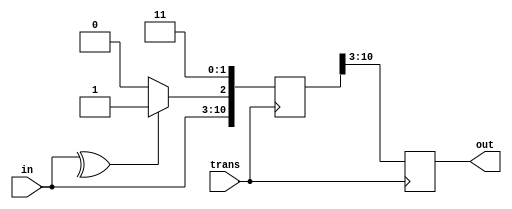
/*
The UART that is going to transmit data receives the data from a data bus.
The data bus is used to send data to the UART by another device like a CPU,
memory, or microcontroller. Data is transferred from the data bus to the 
transmitting UART in parallel form. After the transmitting UART gets the 
parallel data from the data bus, it adds a start bit, a parity bit, and a 
stop bit, creating the data packet. Next, the data packet is output serially,
bit by bit at the Tx pin. The receiving UART reads the data packet bit by bit 
at its Rx pin. The receiving UART then converts the data back into parallel 
form and removes the start bit, parity bit, and stop bits. Finally, the receiving 
UART transfers the data packet in parallel to the data bus on the receiving end:

*/
module uart(in,out,trans);

input [7:0] in;
input trans;
output reg [7:0] out;
//Data is loaded in parallel
reg [11:0] Tx;  //Tx terminal of UART
reg [11:0] Rx;  // Rx of of receiving terminal
reg start_bit,parity_bit; // parametric bits for packet making
reg [1:0] stop_bit;
// creating data packet;

/*
start_bit is active low signal for transmission
stop bits are indicator for termination of serial data
*/
initial
begin start_bit=1; 
stop_bit=2'b11;
end

integer i;

// This is where the formation of packet takes place which will be loaded to Tx, Data will be in parallel form
always @(posedge trans)
begin
  if(trans)
   begin
     start_bit=0;
     parity_bit= ^(in)?1:0;  // Parity bit=1 if odd 0 for even no. os 1's
     Tx={start_bit,in,parity_bit,stop_bit};
   end
end

// Here the data will be transmitted to Rx of another UART in serial form
always @(negedge trans)
 begin
    for(i=0;i<12;i=i+1)
       #5 Rx[i]=Tx[i];

start_bit=1;
out=Rx[10:3];
end




endmodule



// Testbench of the given UART code


module uart_test;

reg [7:0] in;
reg trans;
wire [7:0] out;

uart uut(in,out,trans);

initial
begin

in=8'b10110010;  // data to be transferred B2
trans=0;

$dumpfile("uart_test.vcd");
$dumpvars(0,uart_test);


end

initial
begin
#30 trans=1;
#50 trans=0;
#80 trans=1;
#50 trans=0;
end
initial #119 in=8'b00100110;
initial #350 $finish;

endmodule